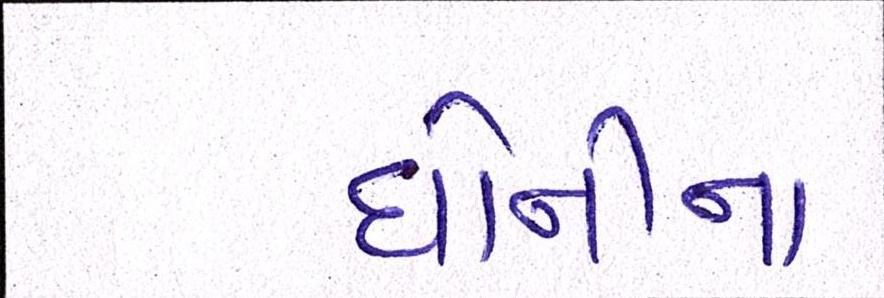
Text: ધોનીના